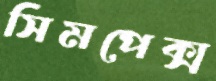
সিমপেক্স